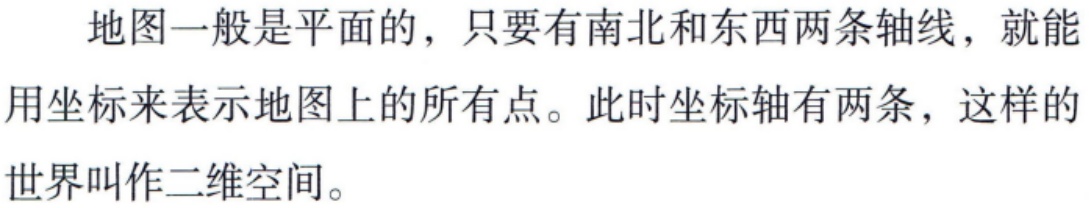
地图一般是平面的，只要有南北和东西两条轴线，就能用坐标来表示地图上的所有点。此时坐标轴有两条，这样的世界叫作二维空间。